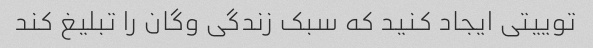
توییتی ایجاد کنید که سبک زندگی وگان را تبلیغ کند